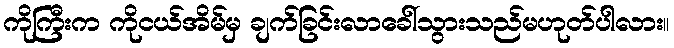
ကိုကြီးက ကိုငယ်အိမ်မှ ချက်ခြင်းလာခေါ်သွားသည်မဟုတ်ပါလား။